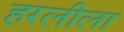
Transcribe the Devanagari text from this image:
हरलीला